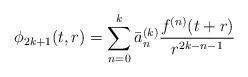
LaTeX: \begin{align*}\phi_{2k+1}(t,r) = \sum_{n=0}^{k} \bar a_{n}^{(k)} \frac{f^{(n)}(t+r)}{r^{2k-n-1}}\end{align*}